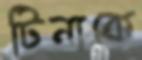
টিনাকে